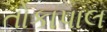
તોકાપાલ